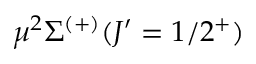
\mu ^ { 2 } \Sigma ^ { ( + ) } ( J ^ { \prime } = 1 / 2 ^ { + } )